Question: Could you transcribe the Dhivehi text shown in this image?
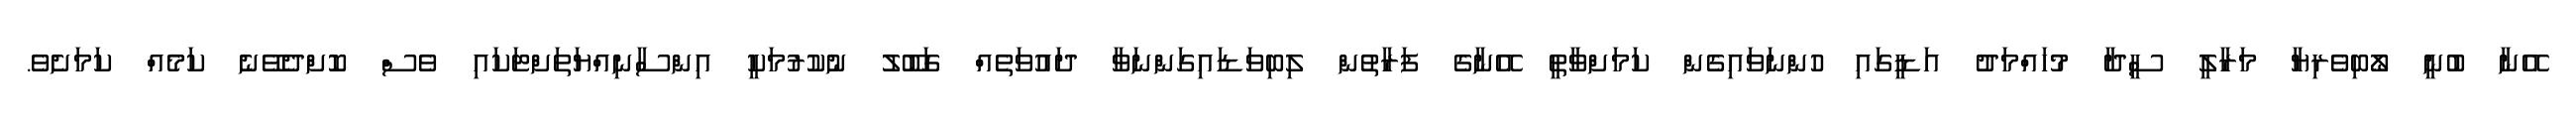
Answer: އޭނާ ބުނީ ލޯބިވެރިޔާ މަރާލީ ސީދާ މުހައްމަދު އަޑީގައި ހުންނަވައިގެން ކަމަށްވާތީ އޭނާގެ ފަރާތުން ލިބިވަޑައިގަންނަވާ ދައުވަތެއް ގަބޫލު ނުކުރުމަކީ އިންސާނިއްޔަތަށްޓަކައި ވެސް ކޮށްދެވޭނެ ކަމެއް ކަމަށެވެ.